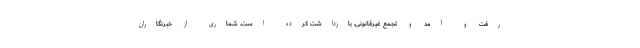
رفت و آمد و تجمع غیرقانونی، بازداشت کرده است. شماری از خبرنگاران